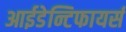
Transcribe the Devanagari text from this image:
आईडेन्टिफायर्स